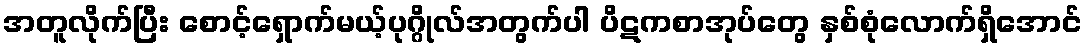
အတူလိုက်ပြီး စောင့်ရှောက်မယ့်ပုဂ္ဂိုလ်အတွက်ပါ ပိဋကစာအုပ်တွေ နှစ်စုံလောက်ရှိအောင်